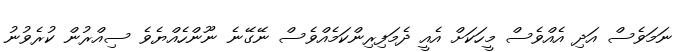
ނަމަވެސް އަދި އެއްވެސް މީހަކަށް އެއީ ދެމަފިރިންކަމެއްވެސް ނޭގޭނެ ނޫންހެއްޔެވެ ސިއްރުން ކުރެވުނު